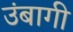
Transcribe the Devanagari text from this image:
उंबागी